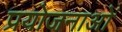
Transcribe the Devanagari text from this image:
प्रयोजनाओं